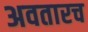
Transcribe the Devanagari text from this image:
अवतारच